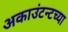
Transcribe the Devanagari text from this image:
अकाउंटन्टच्या